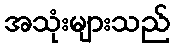
အသုံးများသည်